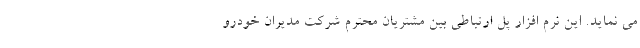
می نماید. این نرم افزار پل ارتباطی بین مشتریان محترم شرکت مدیران خودرو